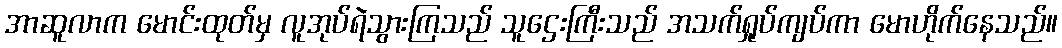
အာဆူလာက မောင်းထုတ်မှ လူအုပ်ရဲသွားကြသည် သူဌေးကြီးသည် အသက်ရှုပ်ကျပ်ကာ မောဟိုက်နေသည်။